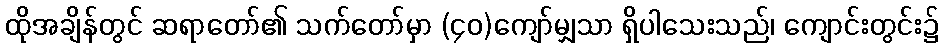
ထိုအချိန်တွင် ဆရာတော်၏ သက်တော်မှာ (၄၀)ကျော်မျှသာ ရှိပါသေးသည်၊ ကျောင်းတွင်း၌